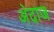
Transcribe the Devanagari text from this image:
अ॓दाज